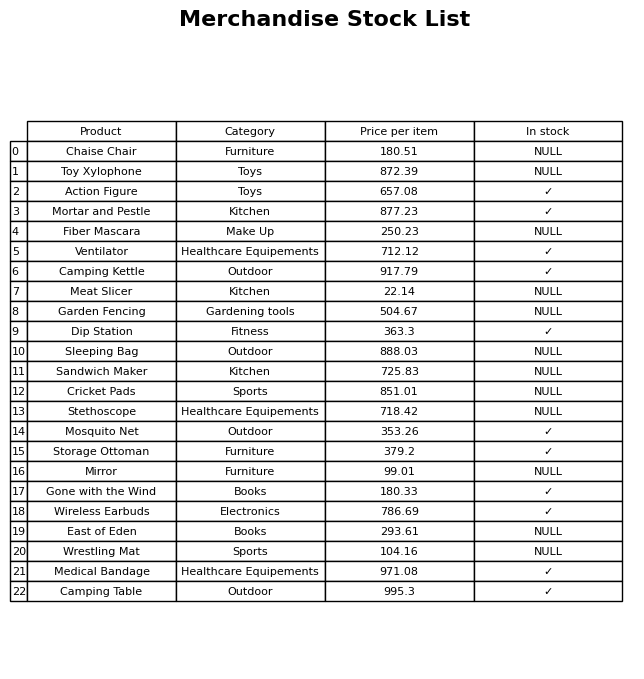
question: Is the Storage Ottoman in stock?
answer: ✓